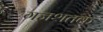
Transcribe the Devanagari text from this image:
गजशतक